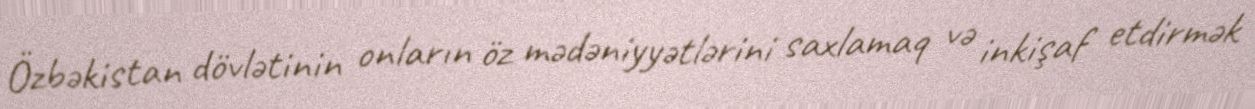
Özbəkistan dövlətinin onların öz mədəniyyətlərini saxlamaq və inkişaf etdirmək